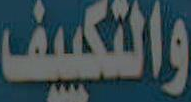
والتكييف